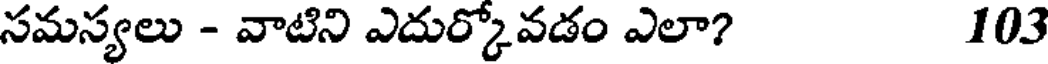
సమస్యలు - వాటిని ఎదుర్కోవడం ఎలా? 103